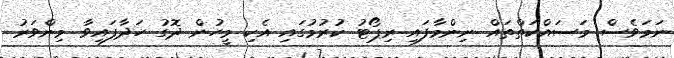
ނަމަވެސް މަސައްކަތްތައް ނިންމާފައި ރިޕޯޓު ކުރުމުގައި އެކި މީހުން ދޮގު ހަދާފައިވާ މިންވަރު